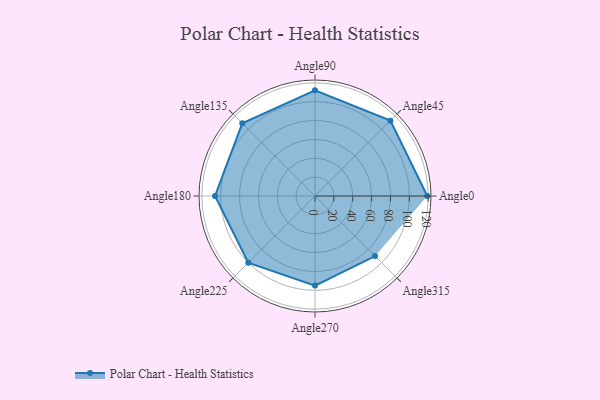
{"axis": {"x": "Angle", "y": "Radius"}, "legend": [""], "data": [{"x": "Angle0", "y": 119.0, "type": ""}, {"x": "Angle45", "y": 113.0, "type": ""}, {"x": "Angle90", "y": 112.0, "type": ""}, {"x": "Angle135", "y": 109.0, "type": ""}, {"x": "Angle180", "y": 106.0, "type": ""}, {"x": "Angle225", "y": 100.0, "type": ""}, {"x": "Angle270", "y": 95.0, "type": ""}, {"x": "Angle315", "y": 90.0, "type": ""}]}